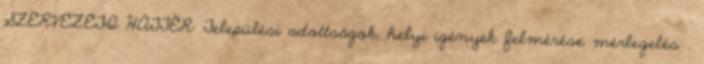
SZERVEZETI HÁTTÉR: Települési adottságok, helyi igények felmérése mérlegelés .